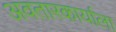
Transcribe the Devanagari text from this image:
अवतारकार्याला